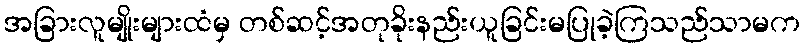
အခြားလူမျိုးများထံမှ တစ်ဆင့်အတုခိုးနည်းယူခြင်းမပြုခဲ့ကြသည်သာမက